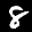
Label: 8